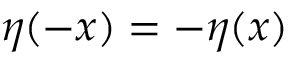
\eta ( - x ) = - \eta ( x )